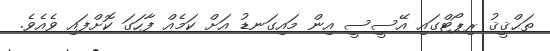
ތަޙްޤީޤު ރިޕޯޓްގައި އޭސީސީ އިން މައިގަނޑު އަށް ކަމެއް ފާހަގަ ކޮށްފައި ވެއެވެ.